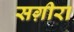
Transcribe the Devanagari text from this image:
सग़ीरा